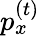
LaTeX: p_{x}^{(t)}